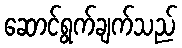
ဆောင်ရွက်ချက်သည်